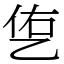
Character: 㐛